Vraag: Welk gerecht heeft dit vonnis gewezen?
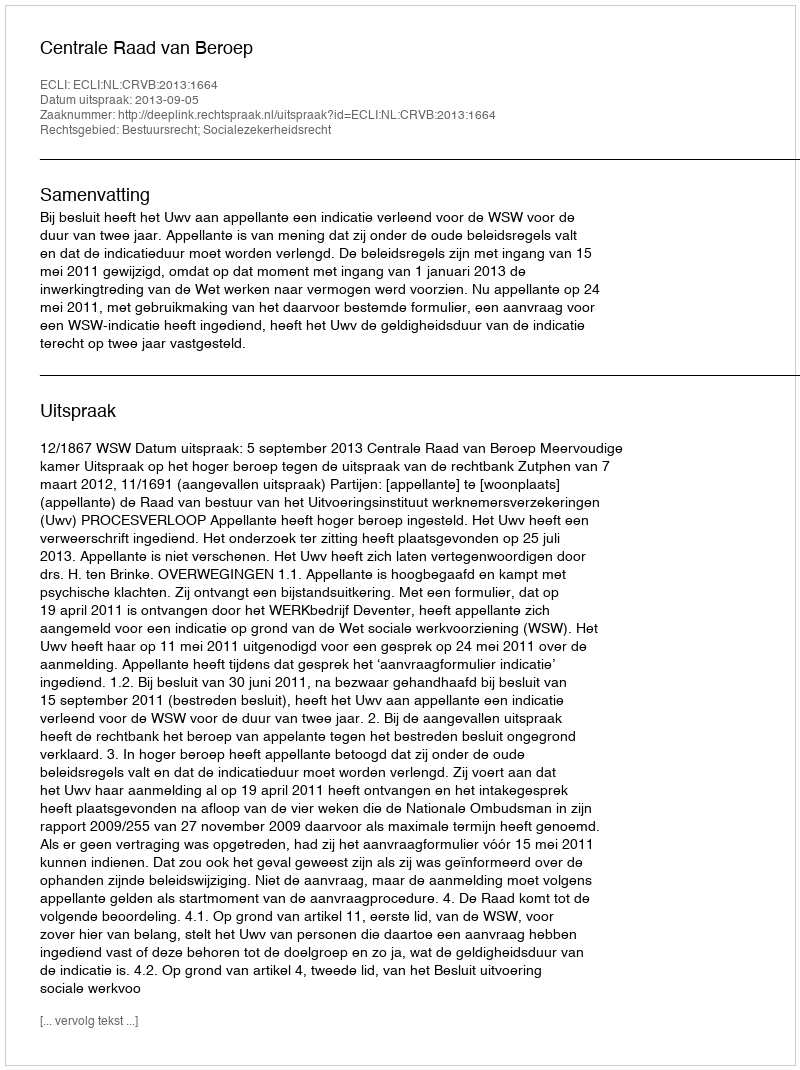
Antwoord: Centrale Raad van Beroep